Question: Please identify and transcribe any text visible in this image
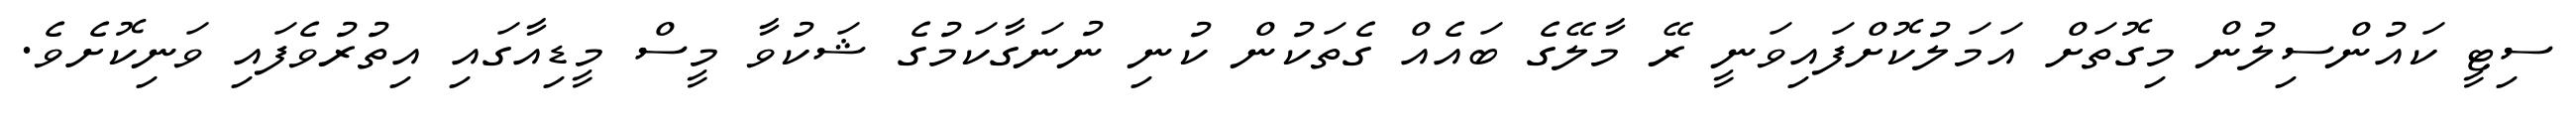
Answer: ސިޓީ ކައުންސިލުން މިގޮތަށް އަމަލުކޮށްފައިވަނީ ރޭ މާލޭގެ ބައެއް ގެތަކުން ކުނި ނުނަގާކަމުގެ ޝަކުވާ މީސް މީޑިއާގައި އިތުރުވެފައި ވަނިކޮށެވެ.